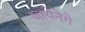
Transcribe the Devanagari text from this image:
जायेनेगे